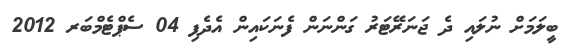
ބީލަމަށް ނުލައި ދެ ޖަނަރޭޓަރު ގަންނަން ފެނަކައިން އެދެފި 04 ސެޕްޓެމްބަރ 2012